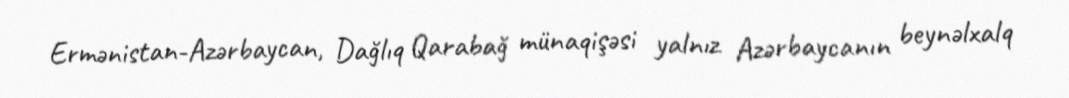
Ermənistan-Azərbaycan, Dağlıq Qarabağ münaqişəsi yalnız Azərbaycanın beynəlxalq